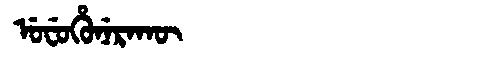
Manchu: ᡠᠸᡠᡥᡠᠨᡝᡵᠠᡴᡡ
Romanization: UFUHUNERAKŪ